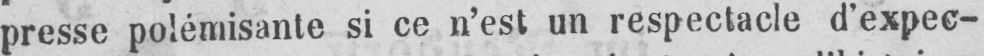
presse polémisante si ce n’est un respectacle d’expec-